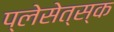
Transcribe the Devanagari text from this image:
प्लेसेत्स्क